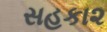
સહકા૨